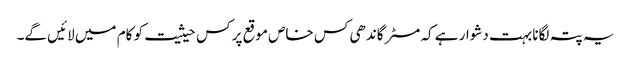
یہ پتہ لگانا بہت دشوار ہے کہ مسٹر گاندھی کس خاص موقع پر کس حیثیت کو کام میں لائیں گے۔